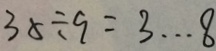
3 5 \div 9 = 3 \cdots 8